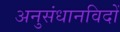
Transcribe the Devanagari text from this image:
अनुसंधानविदों